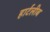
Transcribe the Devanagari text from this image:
हार्टलीब